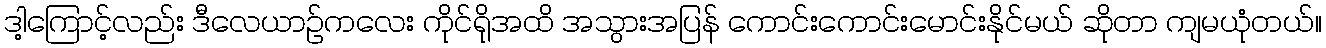
ဒါ့ကြောင့်လည်း ဒီလေယာဉ်ကလေး ကိုင်ရိုအထိ အသွားအပြန် ကောင်းကောင်းမောင်းနိုင်မယ် ဆိုတာ ကျမယုံတယ်။